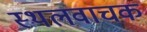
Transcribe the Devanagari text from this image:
स्थलवाचक